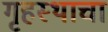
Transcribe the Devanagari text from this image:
गृहस्थाचा